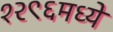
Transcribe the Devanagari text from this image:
१२९६मध्ये